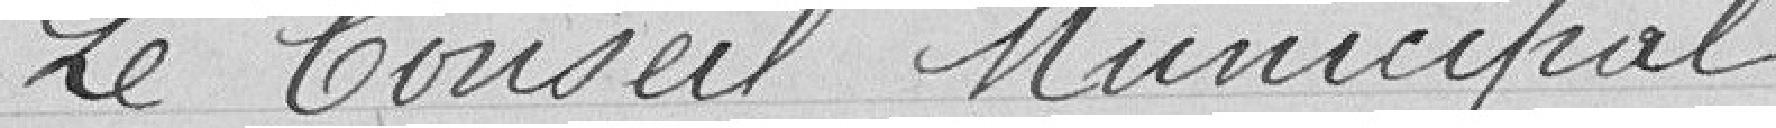
Le Conseil Municipal